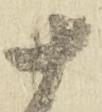
十